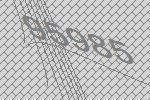
95985